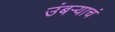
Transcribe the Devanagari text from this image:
उंबऱ्याचं